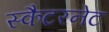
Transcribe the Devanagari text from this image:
स्कैटरनेट